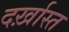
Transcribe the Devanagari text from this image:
दर्ख़ास्त